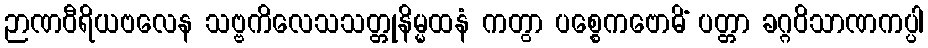
ဉာဏဝီရိယဗလေန သဗ္ဗကိလေသသတ္တုနိမ္မထနံ ကတွာ ပစ္စေကဗောဓိံ ပတ္တာ ခဂ္ဂဝိသာဏကပ္ပါ